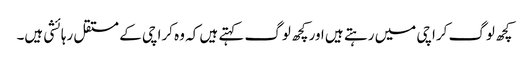
کچھ لوگ کراچی میں رہتے ہیں اور کچھ لوگ کہتے ہیں کہ وہ کراچی کے مستقل رہائشی ہیں۔